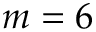
m = 6